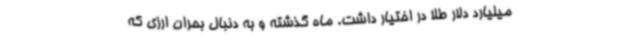
میلیارد دلار طلا در اختیار داشت. ماه گذشته و به دنبال بحران ارزی که